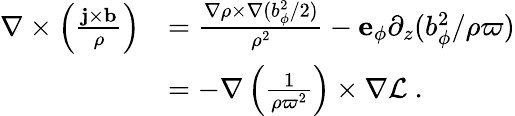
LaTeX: \begin{array}{rl}{\nabla\times\left(\frac{{\mathbf{j}}\times{\mathbf{b}}}{\rho}\right)}&{=\frac{\nabla\rho\times\nabla(b_{\phi}^{2}/2)}{\rho^{2}}-{\mathbf{e}}_{\phi}\partial_{z}(b_{\phi}^{2}/\rho\varpi)}\\ &{=-\nabla\left(\frac{1}{\rho\varpi^{2}}\right)\times\nabla{\mathcal{L}}\ .}\end{array}